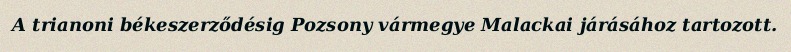
A trianoni békeszerződésig Pozsony vármegye Malackai járásához tartozott.